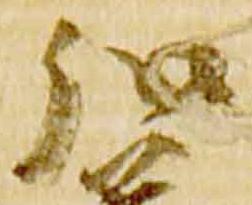
弘